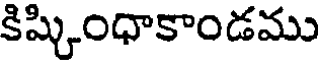
కిష్కింధాకాండము